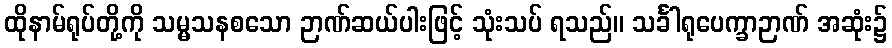
ထိုနာမ်ရုပ်တို့ကို သမ္မသနစသော ဉာဏ်ဆယ်ပါးဖြင့် သုံးသပ် ရသည်။ သင်္ခါရုပေက္ခာဉာဏ် အဆုံး၌